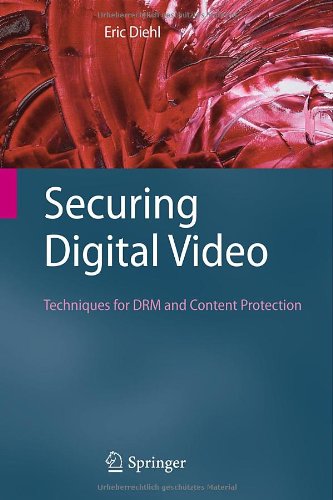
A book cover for Securing Digital Video: Techniques for DRM and Content Protection; Eric Diehl; Computers & Technology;